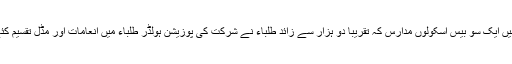
مقابلوں میں ایک سو بیس اسکولوں مدارس کہ تقریبا دو ہزار سے زائد طلباء نے شرکت کی پوزیشن ہولڈر طلباء میں انعامات اور مڈل تقسیم کئے گئے ۔